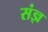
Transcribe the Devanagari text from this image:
संज्ञ